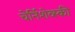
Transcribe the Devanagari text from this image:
चेर्निशेव्स्की